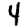
Digit: 4